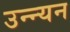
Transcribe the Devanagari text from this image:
उन्न्यन